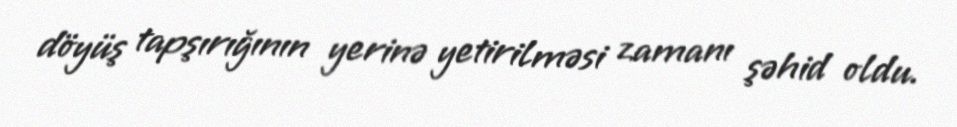
döyüş tapşırığının yerinə yetirilməsi zamanı şəhid oldu.